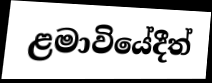
ළමාවියේදීත්